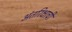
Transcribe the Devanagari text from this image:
अंतरिक्षाची